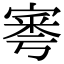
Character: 𡩭